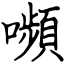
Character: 嚬